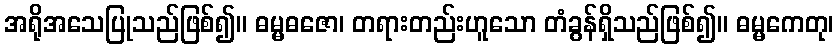
အရိုအသေပြုသည်ဖြစ်၍။ ဓမ္မဓဇော၊ တရားတည်းဟူသော တံခွန်ရှိသည်ဖြစ်၍။ ဓမ္မကေတု၊